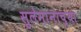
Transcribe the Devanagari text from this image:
सुलेमानाच्या